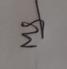
Signature authenticity: genuine